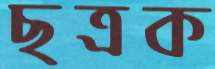
ছত্রক